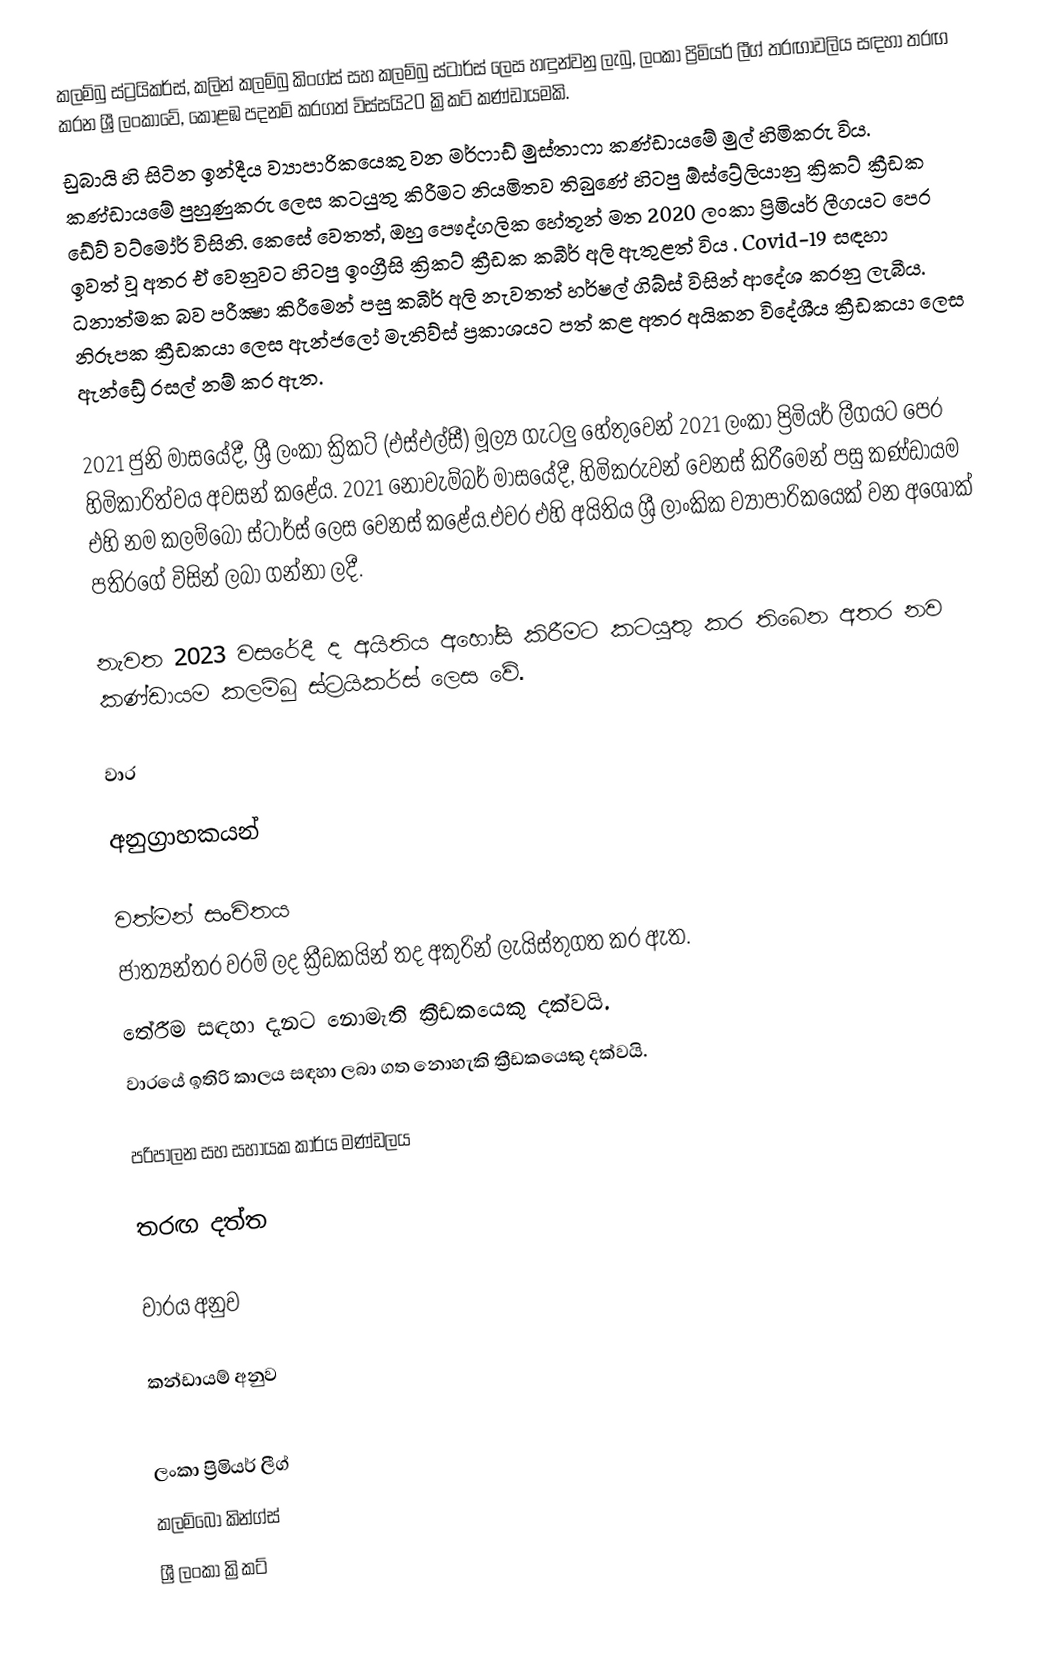
කලම්බු ස්ට්‍රයිකර්ස්, කලින් කලම්බු කිංග්ස් සහ  කලම්බු ස්ටාර්ස් ලෙස හඳුන්වනු ලැබු, ලංකා ප්‍රිමියර් ලීග් තරඟාවලිය සඳහා තරඟ කරන ශ්‍රී ලංකාවේ, කොළඹ පදනම් කරගත් විස්සයි20 ක්‍රිකට් කණ්ඩායමකි.
ඩුබායි හි සිටින ඉන්දීය ව්‍යාපාරිකයෙකු වන මර්ෆාඩ් මුස්තාෆා කණ්ඩායමේ මුල් හිමිකරු විය.   කණ්ඩායමේ පුහුණුකරු ලෙස කටයුතු කිරීමට නියමිතව තිබුණේ හිටපු ඕස්ට්‍රේලියානු ක්‍රිකට් ක්‍රීඩක ඩේව් වට්මෝර් විසිනි.   කෙසේ වෙතත්, ඔහු පෞද්ගලික හේතූන් මත 2020 ලංකා ප්‍රිමියර් ලීගයට පෙර ඉවත් වූ අතර ඒ වෙනුවට හිටපු ඉංග්‍රීසි ක්‍රිකට් ක්‍රීඩක කබීර් අලි ඇතුළත් විය .  Covid-19 සඳහා ධනාත්මක බව පරීක්‍ෂා කිරීමෙන් පසු කබීර් අලි නැවතත් හර්ෂල් ගිබ්ස් විසින් ආදේශ කරනු ලැබීය. නිරූපක ක්‍රීඩකයා ලෙස ඇන්ජලෝ මැතිව්ස් ප්‍රකාශයට පත් කළ අතර අයිකන විදේශීය ක්‍රීඩකයා ලෙස ඇන්ඩ්‍රේ රසල් නම් කර ඇත.

2021 ජුනි මාසයේදී, ශ්‍රී ලංකා ක්‍රිකට් (එස්එල්සී) මූල්‍ය ගැටලු හේතුවෙන් 2021 ලංකා ප්‍රිමියර් ලීගයට පෙර හිමිකාරිත්වය  අවසන් කළේය. 2021 නොවැම්බර් මාසයේදී, හිමිකරුවන් වෙනස් කිරීමෙන් පසු කණ්ඩායම එහි නම කලම්බෝ ස්ටාර්ස් ලෙස වෙනස් කළේය.එවර එහි අයිතිය ශ්‍රී ලාංකික ව්‍යාපාරිකයෙක් වන අශොක් පතිරගේ විසින් ලබා ගන්නා  ලදී.

නැවත 2023 වසරේදී ද අයිතිය අහෝසි කිරීමට කටයුතු කර තිබෙන අතර නව කණ්ඩායම කලම්බු ස්ට්‍රයිකර්ස් ලෙස වේ.

වාර

අනුග්‍රාහකයන්

වත්මන් සංචිතය
 ජාත්‍යන්තර වරම් ලද ක්‍රීඩකයින් තද අකුරින් ලැයිස්තුගත කර ඇත.
 තේරීම සඳහා දැනට නොමැති ක්‍රීඩකයෙකු දක්වයි.
 වාරයේ ඉතිරි කාලය සඳහා ලබා ගත නොහැකි ක්‍රීඩකයෙකු දක්වයි.

පරිපාලන සහ සහායක කාර්ය මණ්ඩලය

තරඟ දත්ත

වාරය අනුව

කන්ඩායම් අනුව

 
ලංකා ප්‍රිමියර් ලීග්
කලම්බෝ කින්ග්ස්
ශ්‍රී ලංකා ක්‍රිකට්